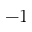
- 1